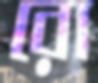
রো